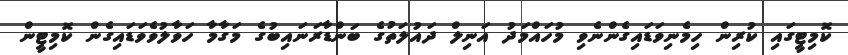
ކޮމިޓީގައި ކުރިން ހިމެނިވަޑައިގެންނެވި މުހައްމަދު އަނިލް ދައުލަތުގެ ބަންޑާރަނައިބުގެ މަގާމާ ހަވާލުވެވަޑައިގެން ކޮމިޓީން